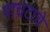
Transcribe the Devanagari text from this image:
पाचटाचे